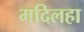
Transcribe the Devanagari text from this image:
मदिलहा